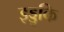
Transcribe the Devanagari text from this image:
इड्डुकि